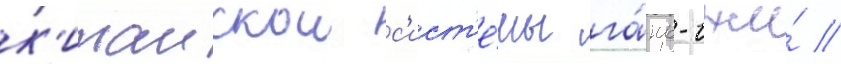
к'итаискои с'ист'е́мы га́нь-чжи́ //